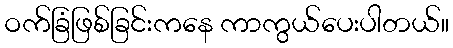
ဝက်ခြံဖြစ်ခြင်းကနေ ကာကွယ်ပေးပါတယ်။